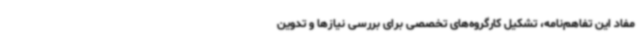
مفاد این تفاهم‌نامه، تشکیل کارگروه‌های تخصصی برای بررسی نیازها و تدوین